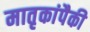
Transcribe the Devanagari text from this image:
मातृकांपैकी